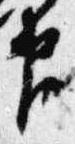
官